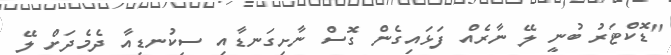
"ޑޮކްޓަރު ބުނީ ލޭ ނާރެއް ފަޅައިގެން ގޮސް ނާށިގަނޑާއި ސިކުނޑިއާ ދެމެދަށް ލޭ